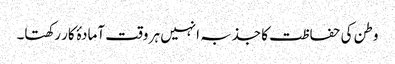
وطن کی حفاظت کا جذبہ انہیں ہر وقت آمادۂ کار رکھتا۔